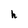
Character: h